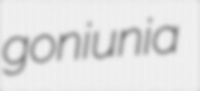
goniunia